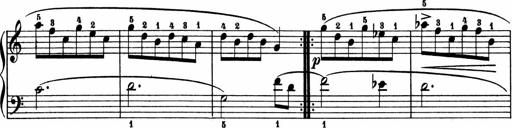
Title: 2 Sonatinen
Composer: Lambertus Adrianus van Tetterode